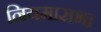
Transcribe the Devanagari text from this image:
नियमासभा